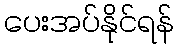
ပေးအပ်နိုင်ရန်